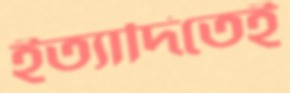
ইত্যাদিতেই